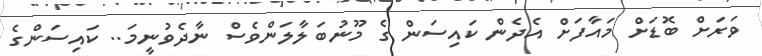
ވަރަށް ބޮޑަށް މައާފަށް އެދެން ކައިސަން ގެ މޫނުބަލާލަންވެސް ނާދެވުނީމަ.. ކައިސަންގެ